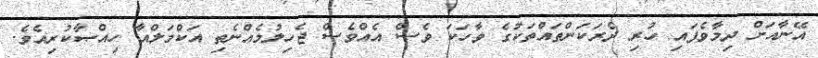
އޭނާއަށް ދިމާވެފައި ހުރި ދެރަކަންތައްތަކުގެ ވާހަކަ ވެސް އެއްވެސް ޖެހިލުމެއްނެތި އަކްމަލްއާ ހިއްޞާކުރިއެވެ.